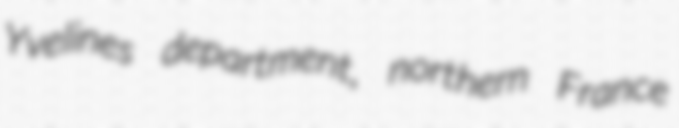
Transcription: Yvelines department, northern France